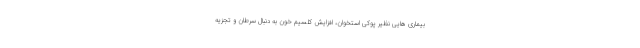
بیماری هایی نظیر پوکی استخوان، افزایش کلسیم خون به دنبال سرطان و تجزیه